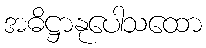
အဓိဋ္ဌာနုပေါသထော